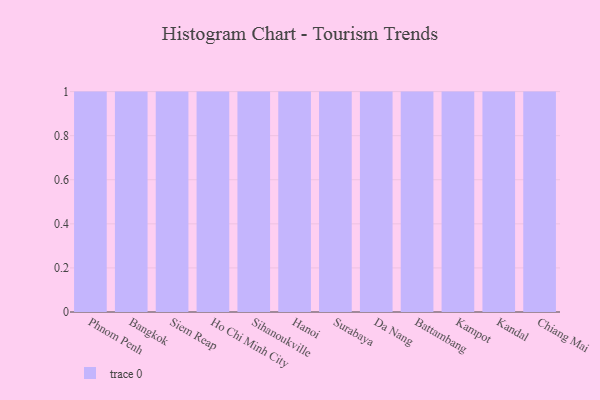
{"axis": {"x": "City", "y": "Satisfaction Score"}, "legend": [""], "data": [{"x": "Phnom Penh", "y": 2, "type": ""}, {"x": "Bangkok", "y": 18, "type": ""}, {"x": "Siem Reap", "y": 94, "type": ""}, {"x": "Ho Chi Minh City", "y": 23, "type": ""}, {"x": "Sihanoukville", "y": 32, "type": ""}, {"x": "Hanoi", "y": 41, "type": ""}, {"x": "Surabaya", "y": 18, "type": ""}, {"x": "Da Nang", "y": 41, "type": ""}, {"x": "Battambang", "y": 98, "type": ""}, {"x": "Kampot", "y": 88, "type": ""}, {"x": "Kandal", "y": 61, "type": ""}, {"x": "Chiang Mai", "y": 80, "type": ""}]}